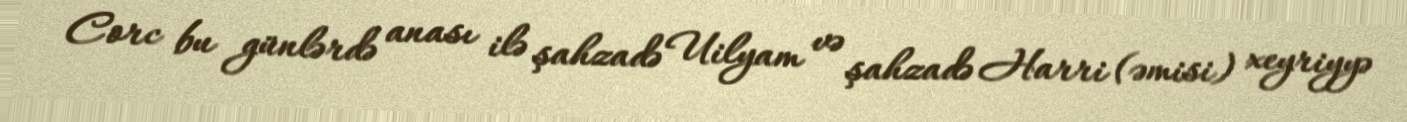
Corc bu günlərdə anası ilə şahzadə Uilyam və şahzadə Harri (əmisi) xeyriyyə